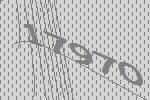
17970